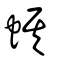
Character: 蜝